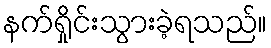
နက်ရှိုင်းသွားခဲ့ရသည်။